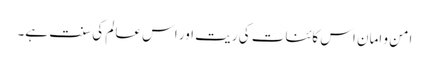
امن و امان اس کائنات کی ریت اور اس عالم کی سنت ہے۔